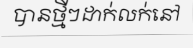
បានថ្មីៗដាក់លក់នៅ